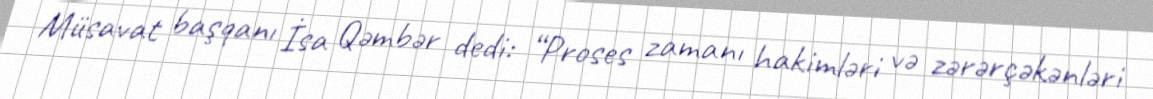
Müsavat başqanı İsa Qəmbər dedi: “Proses zamanı hakimləri və zərərçəkənləri